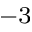
^ { - 3 }